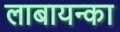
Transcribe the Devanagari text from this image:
लाबायन्का